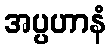
အပ္ပဟာနံ